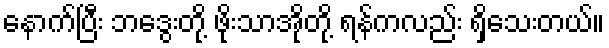
နောက်ပြီး ဘဒွေးတို့ ဖိုးသာအိုတို့ ရန်ကလည်း ရှိသေးတယ်။